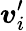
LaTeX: \boldsymbol{v}_{i}^{\prime}